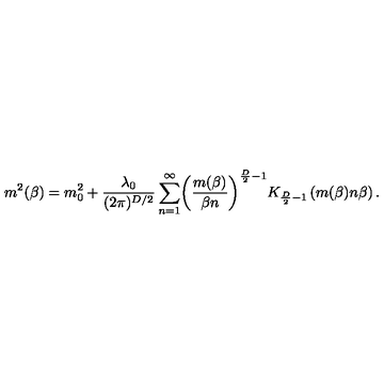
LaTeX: \ m ^ { 2 } ( \beta ) = m _ { 0 } ^ { 2 } + \frac { \lambda _ { 0 } } { ( 2 \pi ) ^ { D / 2 } } \sum _ { n = 1 } ^ { \infty } \biggl ( \frac { m ( \beta ) } { \beta n } \biggr ) ^ { \frac { D } { 2 } - 1 } K _ { \frac { D } { 2 } - 1 } \left( m ( \beta ) n \beta \right) .